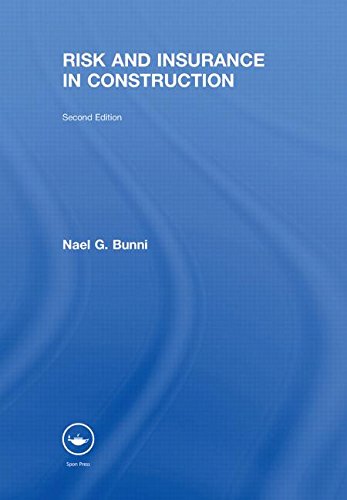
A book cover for Risk and Insurance in Construction; Nael G. Bunni; Law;